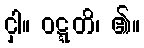
ငှါ။ ဝဋ္ဋတိ၊ ၏။